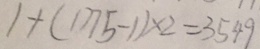
1 + ( 1 7 7 5 - 1 ) \times 2 = 3 5 4 9